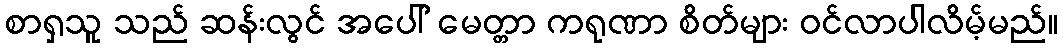
စာရှသူ သည် ဆန်းလွင် အပေါ် မေတ္တာ ကရုဏာ စိတ်များ ဝင်လာပါလိမ့်မည်။